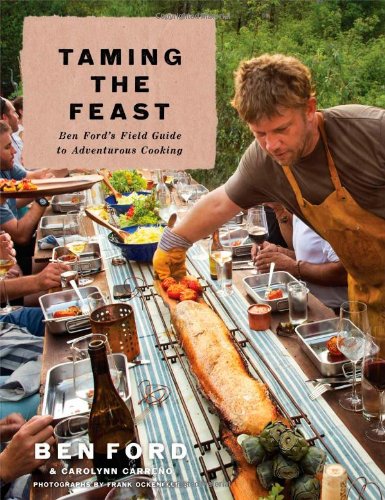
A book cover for Taming the Feast: Ben Ford's Field Guide to Adventurous Cooking; Ben Ford; Cookbooks, Food & Wine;